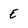
Character: E